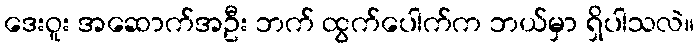
ဒေးဝူး အဆောက်အဦး ဘက် ထွက်ပေါက်က ဘယ်မှာ ရှိပါသလဲ။